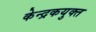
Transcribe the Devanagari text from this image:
केन्द्रकयुक्त